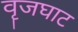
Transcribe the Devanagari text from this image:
वॄजघाट